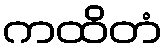
ကထိတံ